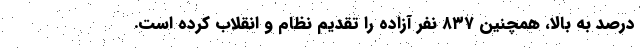
درصد به بالا، همچنین ۸۳۷ نفر آزاده را تقدیم نظام و انقلاب کرده است.